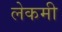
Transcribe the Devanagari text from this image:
लेकमी